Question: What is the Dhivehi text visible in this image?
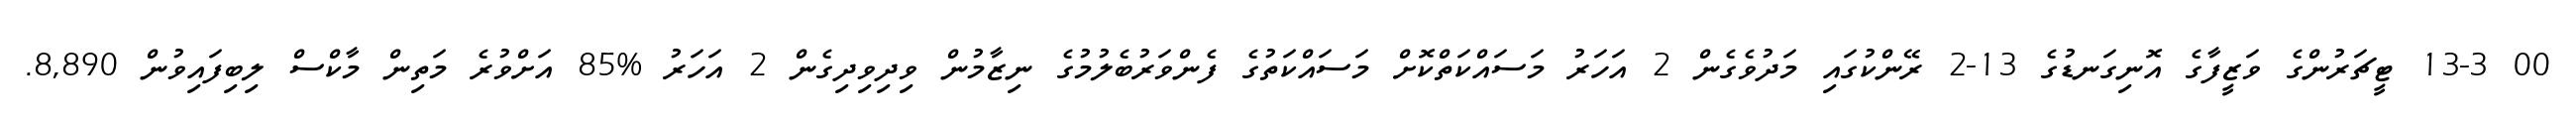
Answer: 00 13-3 ޓީޗަރުންގެ ވަޒީފާގެ އޮނިގަނޑުގެ 13-2 ރޭންކުގައި މަދުވެގެން 2 އަހަރު މަސައްކަތްކޮށް މަސައްކަތުގެ ފެންވަރުބެލުމުގެ ނިޒާމުން ވިދިވިދިގެން 2 އަހަރު %85 އަށްވުރެ މަތިން މާކްސް ލިބިފައިވުން 8,890.